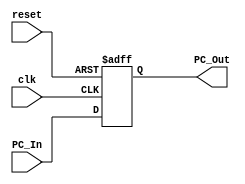
`timescale 1ns / 1ps
//////////////////////////////////////////////////////////////////////////////////
// Company: 
// Engineer: 
// 
// Design Name: 
// Module Name: Program_Counter
// Project Name: 
// Target Devices: 
// Tool Versions: 
// Description: 
// 
// Dependencies: 
// 
// Revision:
// Revision 0.01 - File Created
// Additional Comments:
// 
//////////////////////////////////////////////////////////////////////////////////


module Program_Counter(
    input clk,
    input reset,
    input [63:0] PC_In,
    output reg [63:0] PC_Out
);

    initial
        PC_Out=64'd0;
        always @ (posedge clk or posedge reset) 
        begin
           if (reset == 1'b1) PC_Out = 64'b0;
           else PC_Out = PC_In;
        end
endmodule